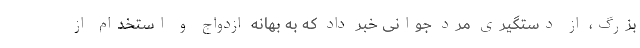
بزرگ، از دستگیری مرد جوانی خبر داد که به بهانه ازدواج و استخدام از